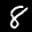
Label: 8